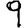
Digit: 9